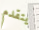
يتقدم